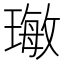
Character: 𤨨